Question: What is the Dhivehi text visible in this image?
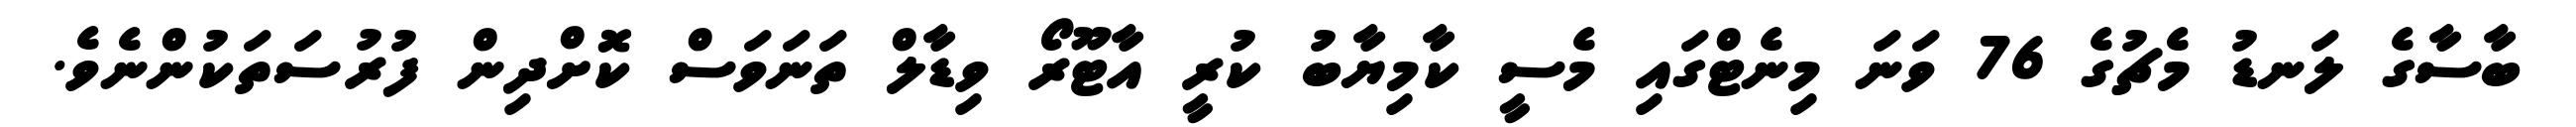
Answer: ބާސާގެ ލަނޑު މެޗުގެ 76 ވަނަ މިނެޓްގައި މެސީ ކާމިޔާބު ކުރީ އާޓޫރޯ ވިޑާލް ތަނަވަސް ކޮށްދިން ފުރުސަތަކުންނެވެ.